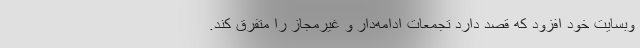
وبسایت خود افزود که قصد دارد تجمعات ادامه‌دار و غیرمجاز را متفرق کند.